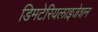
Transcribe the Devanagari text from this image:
डिमटेरियलाइजेशन